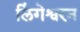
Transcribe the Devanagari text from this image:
लिंगेश्वरन